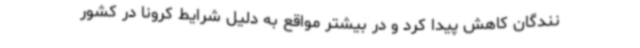
نندگان کاهش پیدا کرد و در بیشتر مواقع به دلیل شرایط کرونا در کشور